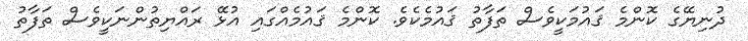
ދުނިޔޭގެ ކޮންމެ ޤައުމަކީވެސް ތަފާތު ޤައުމެކެވެ. ކޮންމެ ޤައުމެއްގައި އުޅޭ ރައްޔިތުންނަކީވެސް ތަފާތު